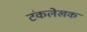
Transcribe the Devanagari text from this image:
टंकलेखक